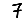
Digit: 7